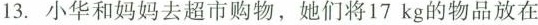
13.小华和妈妈去超市购物，她们将17kg的物品放在